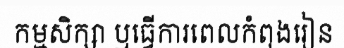
កម្មសិក្សា ឬធ្វើការពេលកំពុងរៀន